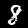
Digit: 8